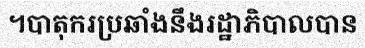
។បាតុករប្រឆាំងនឹងរដ្ឋាភិបាលបាន